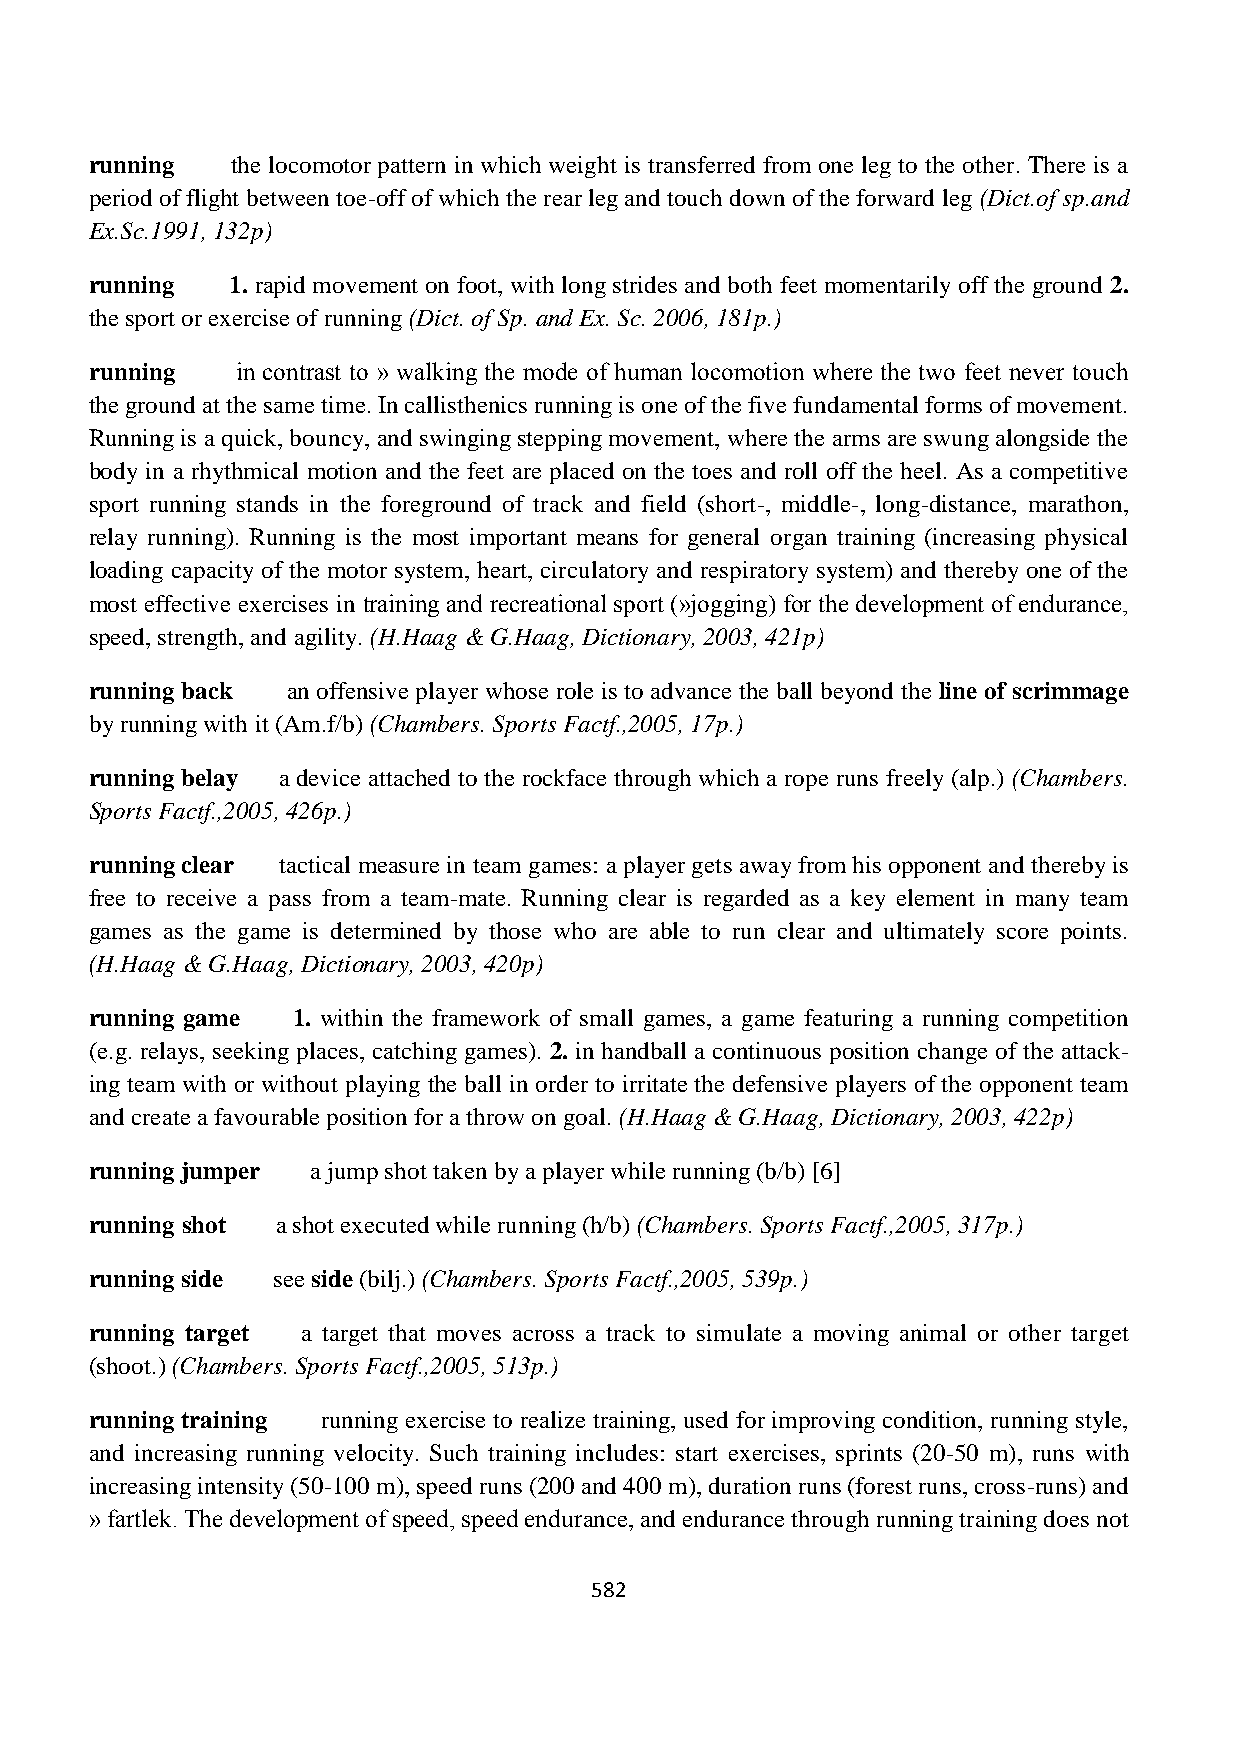
running  the locomotor pattern in which weight is transferred from one leg to the other. There is a
 period of flight between toe-off of which the rear leg and touch down of the forward leg (Dict.of sp.and
 Ex.Sc.1991, 132p)
 running  1. rapid movement on foot, with long strides and both feet momentarily off the ground 2.
 the sport or exercise of running (Dict. of Sp. and Ex. Sc. 2006, 181p.)
 running   in contrast to » walking the mode of human locomotion where the two feet never touch
 the ground at the same time. In callisthenics running is one of the five fundamental forms of movement.
 Running is a quick, bouncy, and swinging stepping movement, where the arms are swung alongside the
 body in a rhythmical motion and the feet are placed on the toes and roll off the heel. As a competitive
 sport running stands in the foreground of track and field (short-, middle-, long-distance, marathon,
 relay running). Running is the most important means for general organ training (increasing physical
 loading capacity of the motor system, heart, circulatory and respiratory system) and thereby one of the
 most effective exercises in training and recreational sport (»jogging) for the development of endurance,
 speed, strength, and agility. (H.Haag & G.Haag, Dictionary, 2003, 421p)
 running back an offensive player whose role is to advance the ball beyond the line of scrimmage
 by running with it (Am.f/b) (Chambers. Sports Factf.,2005, 17p.)
 running belay a device attached to the rockface through which a rope runs freely (alp.) (Chambers.
 Sports Factf.,2005, 426p.)
 running clear tactical measure in team games: a player gets away from his opponent and thereby is
 free to receive a pass from a team-mate. Running clear is regarded as a key element in many team
 games as the game is determined by those who are able to run clear and ultimately score points.
 (H.Haag & G.Haag, Dictionary, 2003, 420p)
 running game 1. within the framework of small games, a game featuring a running competition
 (e.g. relays, seeking places, catching games). 2. in handball a continuous position change of the attack-
 ing team with or without playing the ball in order to irritate the defensive players of the opponent team
 and create a favourable position for a throw on goal. (H.Haag & G.Haag, Dictionary, 2003, 422p)
 running jumper a jump shot taken by a player while running (b/b) [6]
 running shot a shot executed while running (h/b) (Chambers. Sports Factf.,2005, 317p.)
 running side see side (bilj.) (Chambers. Sports Factf.,2005, 539p.)
 running target a target that moves across a track to simulate a moving animal or other target
 (shoot.) (Chambers. Sports Factf.,2005, 513p.)
 running training running exercise to realize training, used for improving condition, running style,
 and increasing running velocity. Such training includes: start exercises, sprints (20-50 m), runs with
 increasing intensity (50-100 m), speed runs (200 and 400 m), duration runs (forest runs, cross-runs) and
 » fartlek. The development of speed, speed endurance, and endurance through running training does not
 582